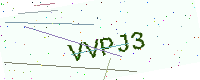
Text: VVPJ3